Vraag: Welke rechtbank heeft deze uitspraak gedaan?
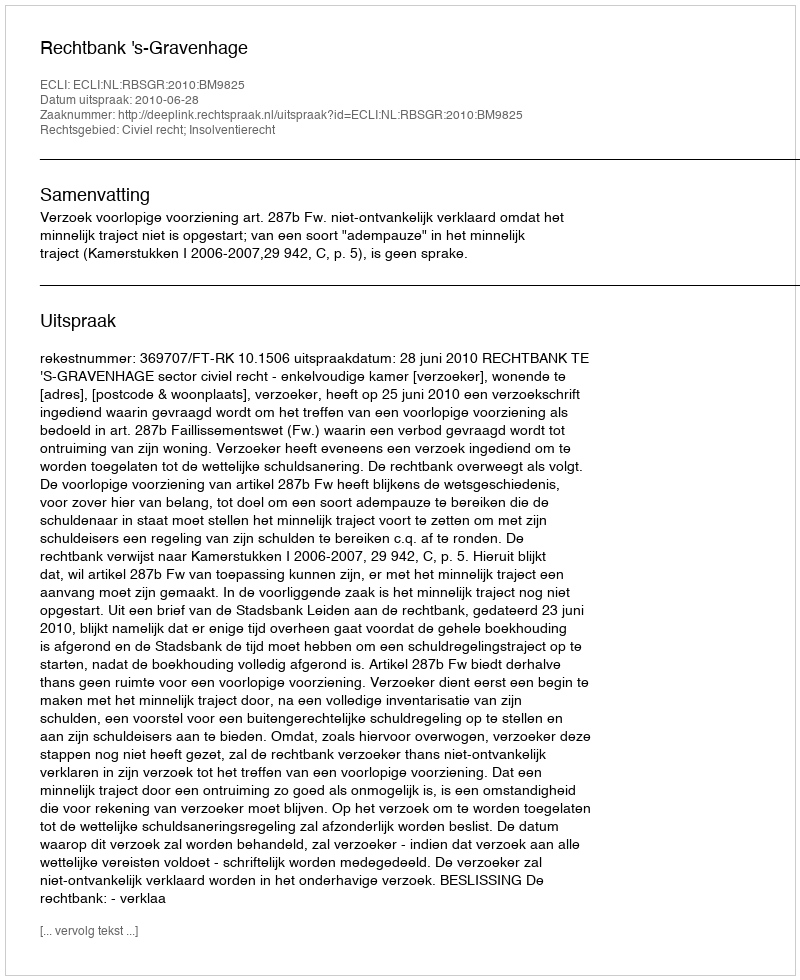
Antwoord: Rechtbank 's-Gravenhage